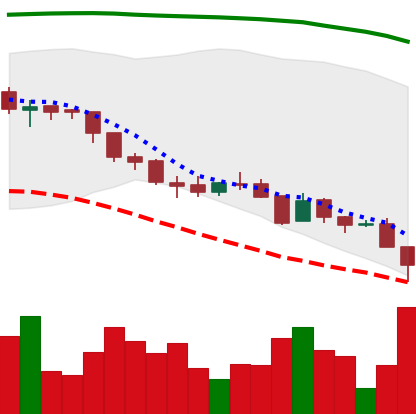
Ticker: ADA-USD
Chart end date: 2018-08-14
Forward return: 8.213%
Label: up_7plus